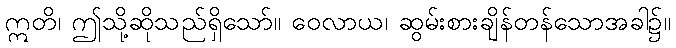
ဣတိ၊ ဤသို့ဆိုသည်ရှိသော်။ ဝေလာယ၊ ဆွမ်းစားချိန်တန်သောအခါ၌။